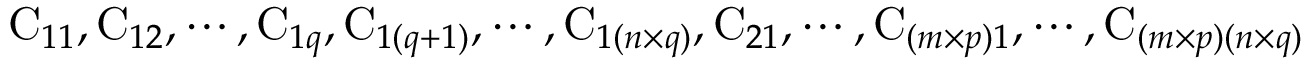
\mathrm { C } _ { 1 1 } , \mathrm { C } _ { 1 2 } , \cdots , \mathrm { C } _ { 1 q } , \mathrm { C } _ { 1 ( q + 1 ) } , \cdots , \mathrm { C } _ { 1 ( n \times q ) } , \mathrm { C } _ { 2 1 } , \cdots , \mathrm { C } _ { ( m \times p ) 1 } , \cdots , \mathrm { C } _ { ( m \times p ) ( n \times q ) }